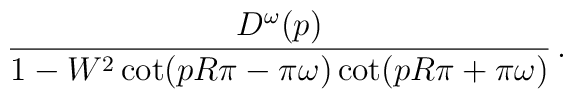
\frac{D^\omega(p)}{1-W^2\cot(pR\pi-\pi \omega)\cot(pR\pi+\pi \omega)}\, .